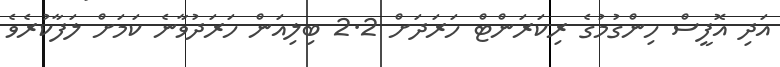
އަދި އޮފީސް ހިންގުމުގެ ރިކަރަންޓް ހަރަދަށް 2.2 ބިލިއަން ހަރަދުވާނެ ކަމަށް ލަފާކުރެވެ